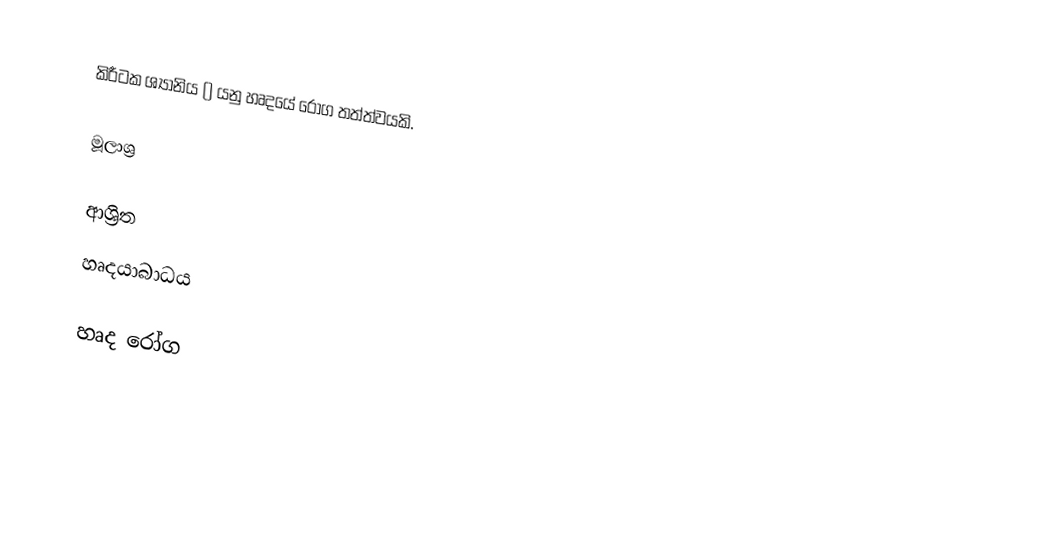
කිරීටක ශ්‍යානිය () යනු  හෘදයේ රෝග තත්ත්වයකි.

මූලාශ්‍ර

ආශ්‍රිත
 හෘදයාබාධය

හෘද රෝග